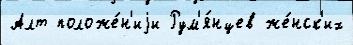
Алт положе́н'иjи Рум'я́нцев же́нск'их